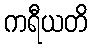
ကရီယတိ